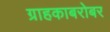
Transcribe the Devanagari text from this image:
ग्राहकाबरोबर